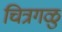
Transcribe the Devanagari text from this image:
चित्रगळु